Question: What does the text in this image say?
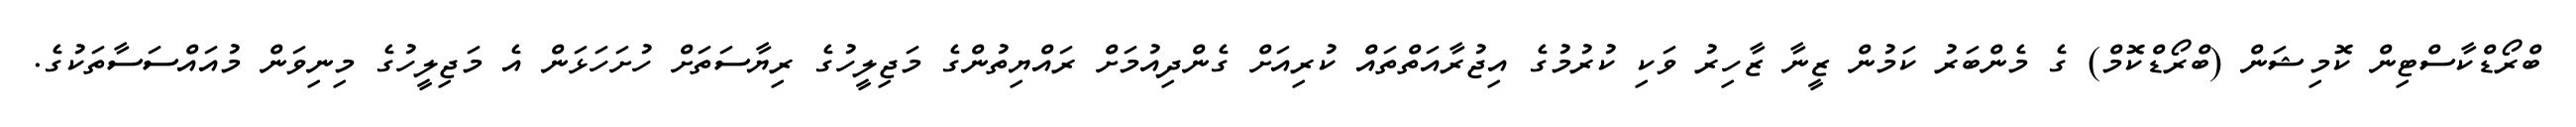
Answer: ބްރޯޑްކާސްޓިން ކޮމިޝަން (ބްރޯޑްކޮމް) ގެ މެންބަރު ކަމުން ޒީނާ ޒާހިރު ވަކި ކުރުމުގެ އިޖުރާއަތްތައް ކުރިއަށް ގެންދިއުމަށް ރައްޔިތުންގެ މަޖިލީހުގެ ރިޔާސަތަށް ހުށަހަޅަން އެ މަޖިލީހުގެ މިނިވަން މުއައްސަސާތަކުގެ.